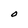
Character: O